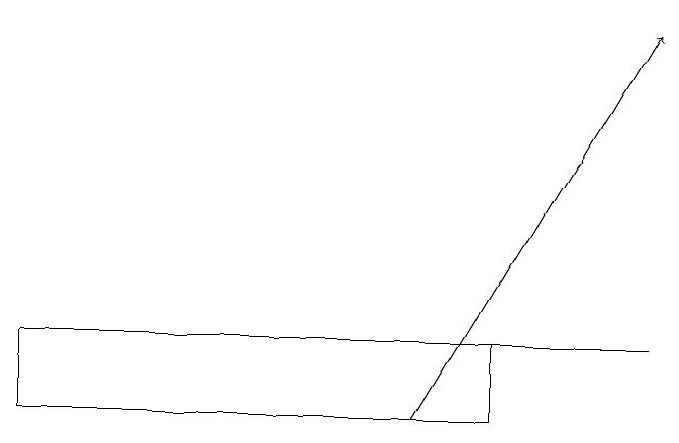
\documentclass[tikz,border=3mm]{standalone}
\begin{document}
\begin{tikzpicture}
\draw (7,15) rectangle (1,14);
\draw[->] (6,14) -- (9,19);
\draw (9,15) rectangle (4,15);
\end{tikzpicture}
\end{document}